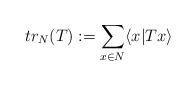
LaTeX: \begin{align*}tr_N(T) := \sum_{x\in N} \langle x|T x\rangle\end{align*}